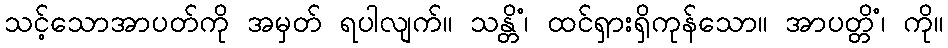
သင့်သောအာပတ်ကို အမှတ် ရပါလျက်။ သန္တိံ၊ ထင်ရှားရှိကုန်သော။ အာပတ္တိံ၊ ကို။